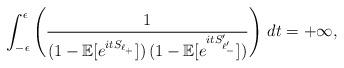
LaTeX: \begin{align*} \displaystyle \int_{-\epsilon}^{\epsilon} \left(\dfrac{1}{(1-\mathbb E[e^{itS_{\ell_+}}]) \, (1-\mathbb E[e^{itS_{\ell_-'}'}])} \right) \,dt =+\infty,\end{align*}